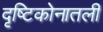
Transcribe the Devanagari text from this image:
दृष्टिकोनातली